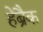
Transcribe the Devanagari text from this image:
हेब्रैक